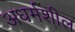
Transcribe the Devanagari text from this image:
अधर्मशील